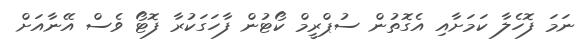
ނަމަ ފޮހެލާ ކަމަށާއި އެގޮތުން ސުޕްރީމް ކޯޓުން ފާހަގަކުރާ ފޮޓޯ ވެސް އޭނާއަށް